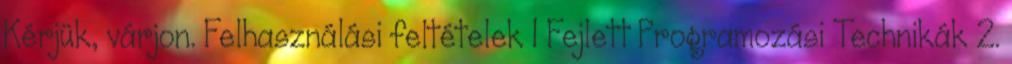
Kérjük, várjon. Felhasználási feltételek 1 Fejlett Programozási Technikák 2.